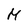
Character: M